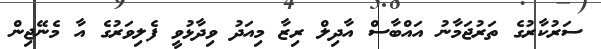
ސަރުކާރުގެ ތަރުޖަމާނު އައްބާސް އާދިލް ރިޒާ މިއަދު ވިދާޅުވީ ފެލިވަރުގެ އާ މެނޭޖިން